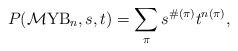
LaTeX: \begin{gather*}P({\cal M}{\rm YB}_n,s,t)=\sum_{\pi} s^{\#(\pi)} t^{n(\pi)},\end{gather*}